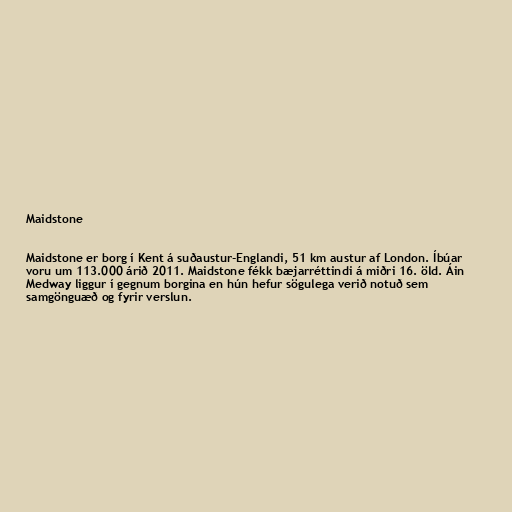
Maidstone

Maidstone er borg í Kent á suðaustur-Englandi, 51 km austur af London. Íbúar
voru um 113.000 árið 2011. Maidstone fékk bæjarréttindi á miðri 16. öld. Áin
Medway liggur í gegnum borgina en hún hefur sögulega verið notuð sem
samgönguæð og fyrir verslun.